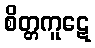
စိတ္တကူဋေ